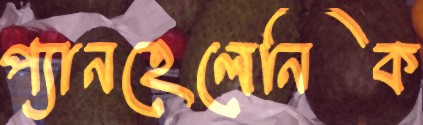
প্যানহেলেনিক